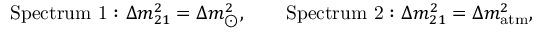
\mathrm { S p e c t r u m ~ 1 : } \ \Delta m _ { 2 1 } ^ { 2 } = \Delta m _ { \odot } ^ { 2 } , \qquad \mathrm { S p e c t r u m ~ 2 : } \ \Delta m _ { 2 1 } ^ { 2 } = \Delta m _ { \mathrm { a t m } } ^ { 2 } ,